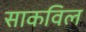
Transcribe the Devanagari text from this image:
साकविल